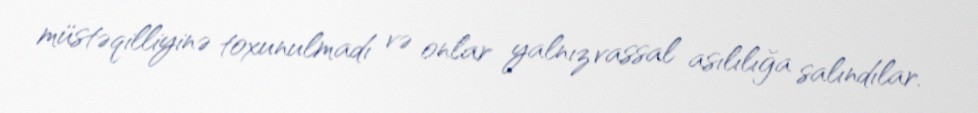
müstəqilliyinə toxunulmadı və onlar yalnız vassal asılılığa salındılar.